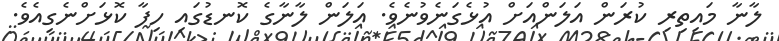
ލާނާ މައިތިރި ކުރަން އަލަންއަށް އުޅެގަނެވުނެވެ. އަލަން ލާނާގެ ކޮނޑުގައި ހިފާ ކޮޅަށްނެގިއެވެ.